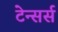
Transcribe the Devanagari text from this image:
टेन्सर्स